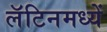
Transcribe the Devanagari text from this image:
लॅटिनमध्यें